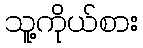
သူ့ကိုယ်စား